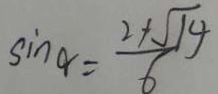
\sin \alpha = \frac { 2 + \sqrt { 1 4 } } { 6 }